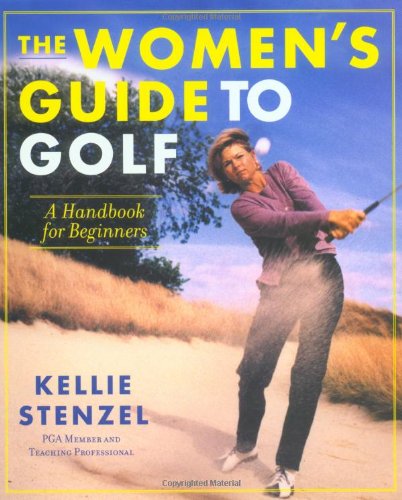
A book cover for The Women's Guide to Golf: A Handbook for Beginners; Kellie Stenzel; Sports & Outdoors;